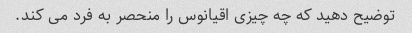
توضیح دهید که چه چیزی اقیانوس را منحصر به فرد می کند.